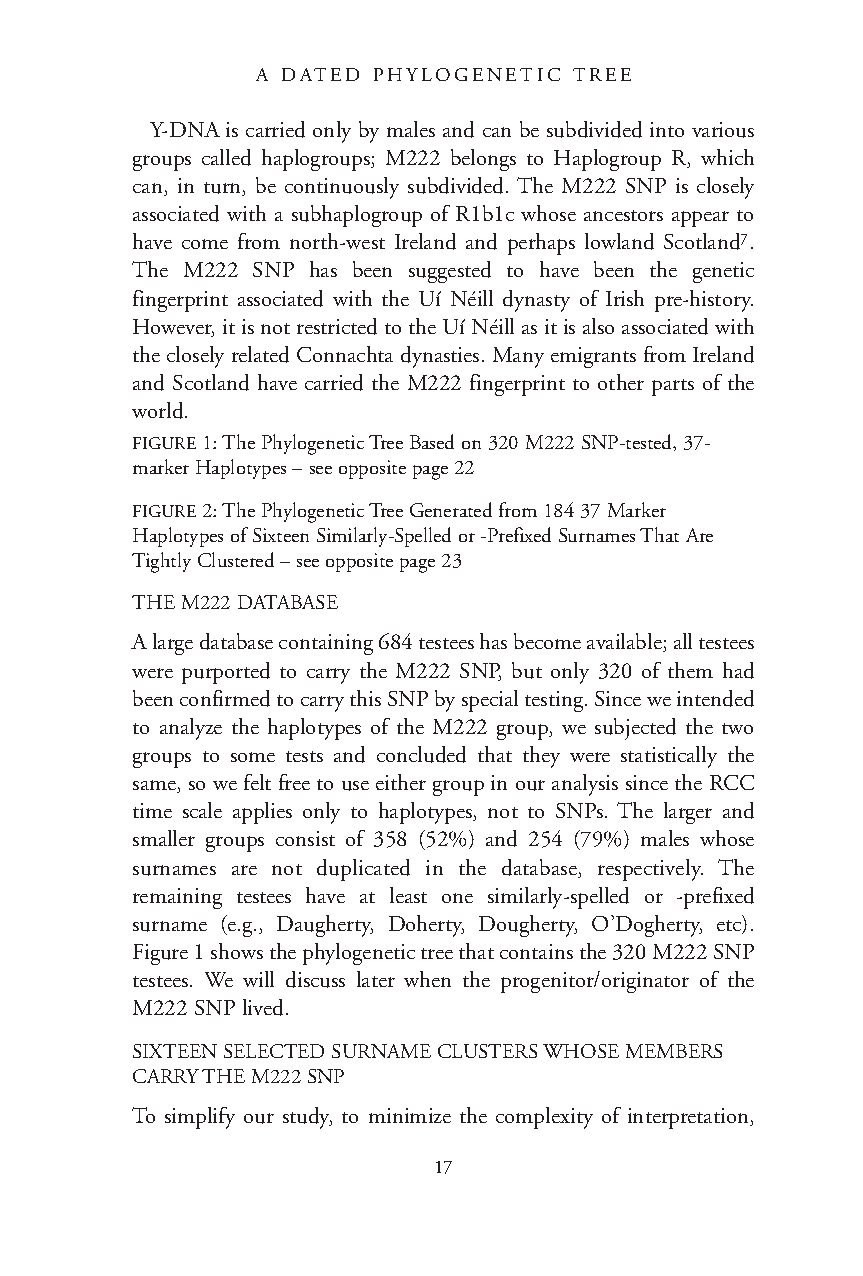
A DATED PHYLOGENETIC TREE
 Y-DNA is carried only by males and can be subdivided into various
 groups called haplogroups; M222 belongs to Haplogroup R, which
 can, in turn, be continuously subdivided. The M222 SNP is closely
 associated with a subhaplogroup of R1b1c whose ancestors appear to
 have come from north-west Ireland and perhaps lowland Scotland7.
 The M222 SNP has been suggested to have been the genetic
 fingerprint associated with the Uí Néill dynasty of Irish pre-history.
 However, it is not restricted to the Uí Néill as it is also associated with
 the closely related Connachta dynasties. Many emigrants from Ireland
 and Scotland have carried the M222 fingerprint to other parts of the
 world.
 FIGURE1: The Phylogenetic Tree Based on 320 M222 SNP-tested, 37-
 marker Haplotypes –see opposite page 22
 FIGURE2: The Phylogenetic Tree Generated from 184 37 Marker
 Haplotypes of Sixteen Similarly-Spelled or -Prefixed Surnames That Are
 Tightly Clustered –see opposite page 23
 THE M222 DATABASE
 A large database containing 684 testees has become available; all testees
 were purported to carry the M222 SNP, but only 320 of them had
 been confirmed to carry this SNP by special testing. Since we intended
 to analyze the haplotypes of the M222 group, we subjected the two
 groups to some tests and concluded that they were statistically the
 same, so we felt free to use either group in our analysis since the RCC
 time scale applies only to haplotypes, not to SNPs. The larger and
 smaller groups consist of 358 (52%) and 254 (79%) males whose
 surnames are not duplicated in the database, respectively. The
 remaining testees have at least one similarly-spelled or -prefixed
 surname (e.g., Daugherty, Doherty, Dougherty, O’Dogherty, etc).
 Figure 1 shows the phylogenetic tree that contains the 320 M222 SNP
 testees. We will discuss later when the progenitor/originator of the
 M222 SNP lived.
 SIXTEEN SELECTED SURNAME CLUSTERS WHOSE MEMBERS
 CARRY THE M222 SNP
 To simplify our study, to minimize the complexity of interpretation,
 17